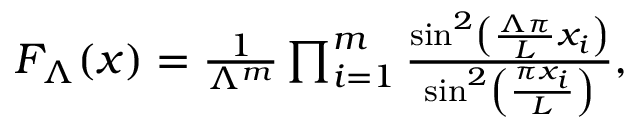
\begin{array} { r } { F _ { \Lambda } ( x ) = \frac { 1 } { \Lambda ^ { m } } \prod _ { i = 1 } ^ { m } \frac { \sin ^ { 2 } \left( \frac { \Lambda \pi } { L } x _ { i } \right) } { \sin ^ { 2 } \left( \frac { \pi x _ { i } } { L } \right) } , } \end{array}